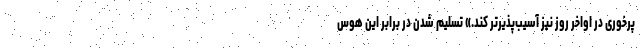
پرخوری در اواخر روز نیز آسیب‌پذیرتر کند.» تسلیم شدن در برابر این هوس